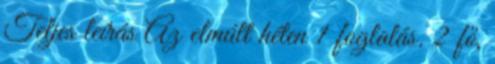
Teljes leírás Az elmúlt héten 1 foglalás. 2 fő,